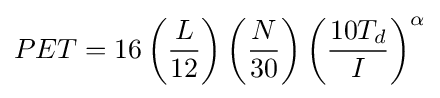
PET=16\left({\frac {L}{12}}\right)\left({\frac {N}{30}}\right)\left({\frac {10T_{d}}{I}}\right)^{\alpha }